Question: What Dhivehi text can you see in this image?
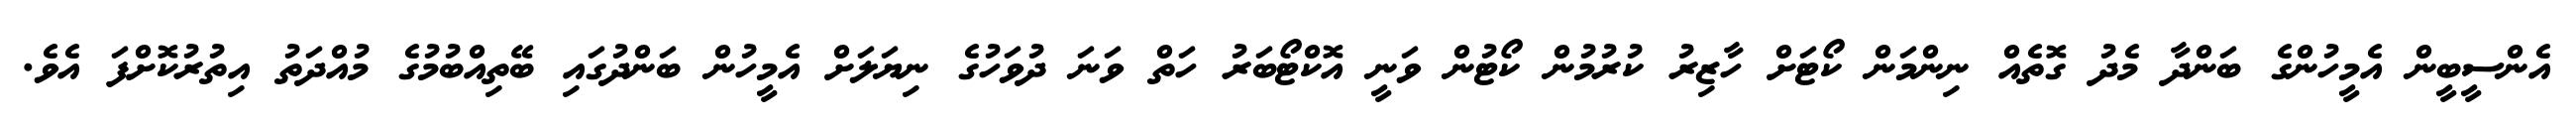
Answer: އެންސީބީން އެމީހުންގެ ބަންދާ މެދު ގޮތެއް ނިންމަން ކޯޓަށް ހާޒިރު ކުރުމުން ކޯޓުން ވަނީ އޮކްޓޯބަރު ހަތް ވަނަ ދުވަހުގެ ނިޔަލަށް އެމީހުން ބަންދުގައި ބޭތިއްބުމުގެ މުއްދަތު އިތުރުކޮށްފަ އެވެ.